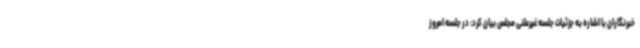
خبرنگاران با اشاره به جزئیات جلسه غیرعلنی مجلس بیان کرد: در جلسه امروز